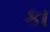
કા